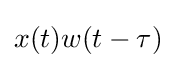
x(t)w(t-\tau )